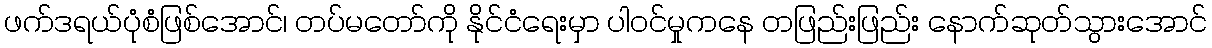
ဖက်ဒရယ်ပုံစံဖြစ်အောင်၊ တပ်မတော်ကို နိုင်ငံရေးမှာ ပါဝင်မှုကနေ တဖြည်းဖြည်း နောက်ဆုတ်သွားအောင်